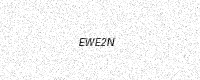
Text: EWE2N